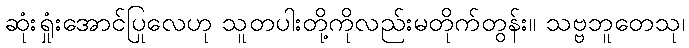
ဆုံးရှုံးအောင်ပြုလေဟု သူတပါးတို့ကိုလည်းမတိုက်တွန်း။ သဗ္ဗဘူတေသု၊